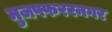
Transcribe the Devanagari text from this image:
मुजफ्फररनगर